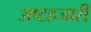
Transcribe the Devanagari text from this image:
अष्टहजारी